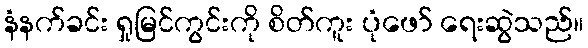
နံနက်ခင်း ရှုမြင်ကွင်းကို စိတ်ကူး ပုံဖော် ရေးဆွဲသည်။